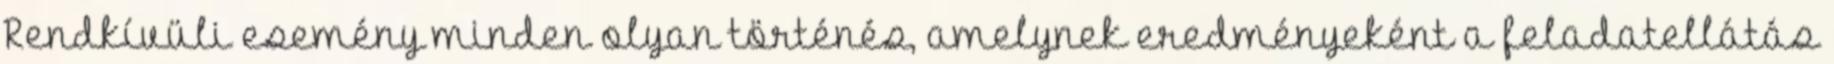
Rendkívüli esemény minden olyan történés, amelynek eredményeként a feladatellátás